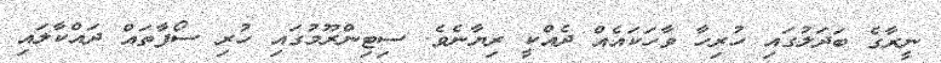
ނީރާގެ ބަދަލުގައި ހުރިހާ ވާހަކައެއް ދެއްކީ ރިޔާނެވެ. ސިޓިންރޫމުގައި ހުރި ސޯފާތައް ދައްކާލައި